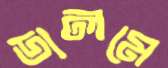
ডালমে